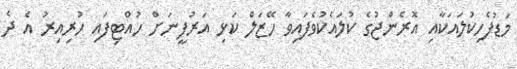
މަޑުފެހިކުލައަކާއި އޮރެންޖުގެ ކުލައެކުވެފައިވާ ހޭޒަލް ކަޅި އަރުފީނަށް ހުއްޓިފައި ހުރިއިރު އެ ދެ